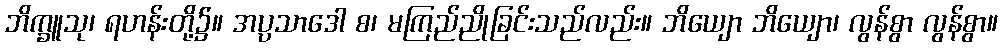
ဘိက္ခူသု၊ ရဟန်းတို့၌။ အပ္ပသာဒေါ စ၊ မကြည်ညိုခြင်းသည်လည်း။ ဘိယျော ဘိယျော၊ လွန်စွာ လွန်စွာ။